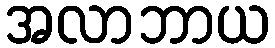
အလာဘာယ